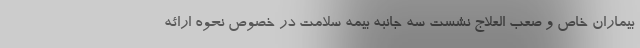
بیماران خاص و صعب العلاج نشست سه جانبه بیمه سلامت در خصوص نحوه ارائه